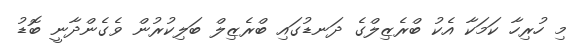
މި ހުރިހާ ކަމަކާ އެކު ބްރެޒިލްގެ ދަނޑުގައި ބްރެޒިލް ބަލިކުރުން ވެގެންދާނީ ބޮޑު